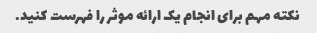
نکته مهم برای انجام یک ارائه موثر را فهرست کنید.